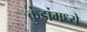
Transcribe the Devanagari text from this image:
कुंडांमध्ये